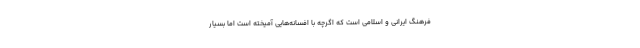
فرهنگ ایرانی و اسلامی است که اگرچه با افسانه‌هایی آمیخته است اما بسیار